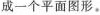
成一个平面图形。